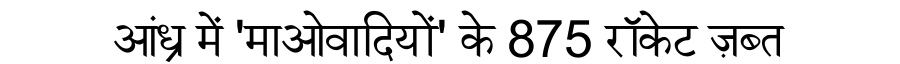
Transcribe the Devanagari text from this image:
आंध्र में 'माओवादियों' के 875 रॉकेट ज़ब्त